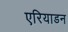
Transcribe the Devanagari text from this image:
एरियाडन